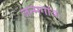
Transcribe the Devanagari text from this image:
जन्मगांवः